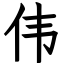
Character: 伟